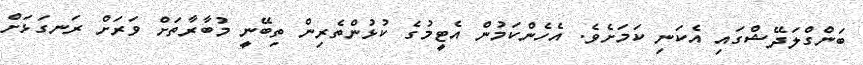
ބަންގްލަދޭޝްގައި އެކަނި ކަމަށެވެ. އެހެންކަމުން އެޓީމުގެ ކުޅުންތެރިން ތިބޭނީ މުބާރާތަށް ވަރަށް ރަނގަޅަށް